Civil Veterinary Department Bihar & Orissa reports 1922-29 - 1922-1929
Year: 1922
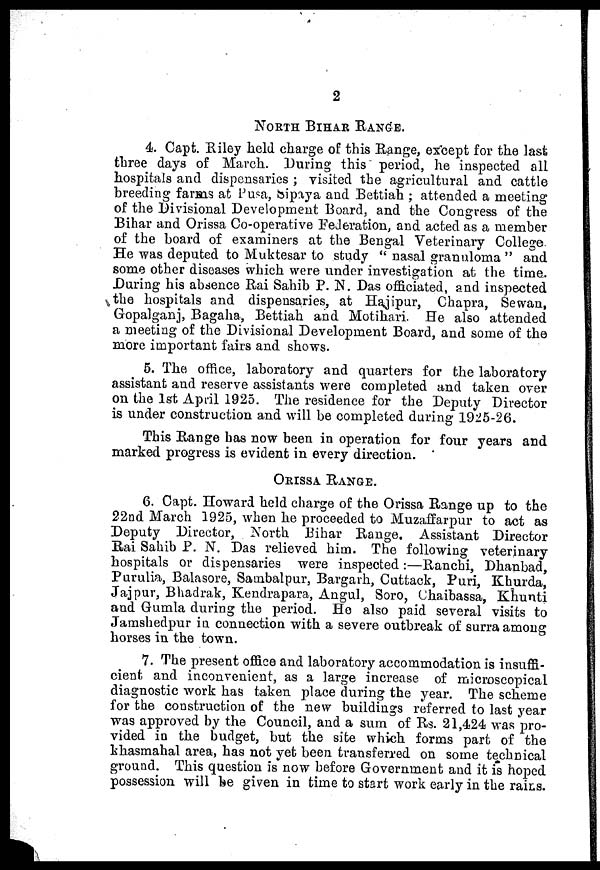
2
NORTH BIHAR RANGE.
4. Capt. Riley held charge of this Range, except for the last
three days of March. During this period, he inspected all
hospitals and dispensaries ; visited the agricultural and cattle
breeding farms at Pusa, Sipaya and Bettiah ; attended a meeting
of the Divisional Development Board, and the Congress of the
Bihar and Orissa Co-operative Federation, and acted as a member
of the board of examiners at the Bengal Veterinary College
He was deputed to Muktesar to study " nasal granuloma " and
some other diseases which were under investigation at the time.
During his absence Rai Sahib P. N. Das officiated, and inspected
the hospitals and dispensaries, at Hajipur, Chapra, Sewan,
Gopalganj, Bagaha, Bettiah and Motihari. He also attended
a meeting of the Divisional Development Board, and some of the
more important fairs and shows.
5. The office, laboratory and quarters for the laboratory
assistant and reserve assistants were completed and taken over
on the 1st April 1925. The residence for the Deputy Director
is under construction and will be completed during 1925-26.
This Range has now been in operation for four years and
marked progress is evident in every direction.
ORISSA RANGE.
6. Capt. Howard held charge of the Orissa Range up to the
22nd March 1925, when he proceeded to Muzaffarpur to act as
Deputy Director, North Bihar Range. Assistant Director
Rai Sahib P. N. Das relieved him. The following veterinary
hospitals or dispensaries were inspected :—Ranchi, Dhanbad,
Purulia, Balasore, Sambalpur, Bargarh, Cuttack, Puri, Khurda,
Jajpur, Bhadrak, Kendrapara, Angul, Soro, Chaibassa, Khunti
and Gumla during the period. He also paid several visits to
Jamshedpur in connection with a severe outbreak of surra among
horses in the town.
7. The present office and laboratory accommodation is insuffi-
cient and inconvenient, as a large increase of microscopical
diagnostic work has taken place during the year. The scheme
for the construction of the new buildings referred to last year
was approved by the Council, and a sum of Rs. 21,424 was pro-
vided in the budget, but the site which forms part of the
khasmahal area, has not yet been transferred on some technical
ground. This question is now before Government and it is hoped
possession will be given in time to start work early in the rains.